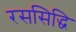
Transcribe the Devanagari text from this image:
रससिद्धि